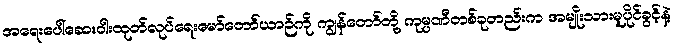
အရေးပေါ်ဆေးဝါးထုတ်လုပ်ရေးမော်တော်ယာဉ်ကို ကျွန်တော်တို့ ကုမ္ပဏီတစ်ခုတည်းက အမျိုးသားမူပိုင်ခွင့်နဲ့